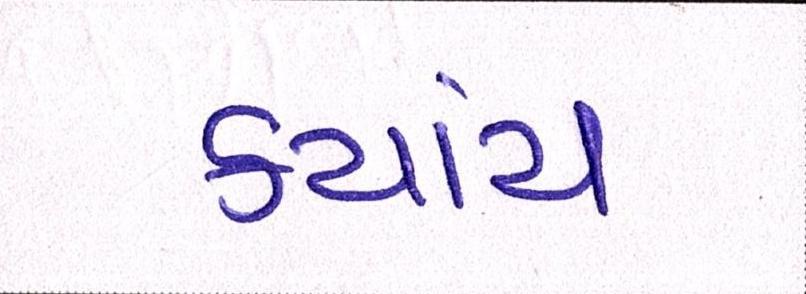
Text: કયાંય